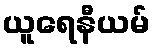
ယူရေနီယမ်